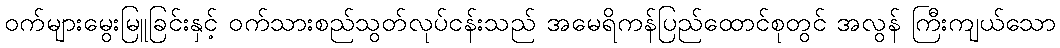
ဝက်များမွေးမြူခြင်းနှင့် ဝက်သားစည်သွတ်လုပ်ငန်းသည် အမေရိကန်ပြည်ထောင်စုတွင် အလွန် ကြီးကျယ်သော